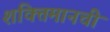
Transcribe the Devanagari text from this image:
शक्तिमानची